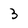
Character: 3